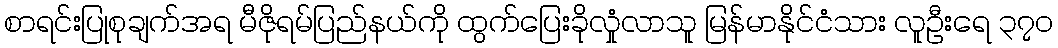
စာရင်းပြုစုချက်အရ မီဇိုရမ်ပြည်နယ်ကို ထွက်ပြေးခိုလှုံလာသူ မြန်မာနိုင်ငံသား လူဦးရေ ၃၇၀